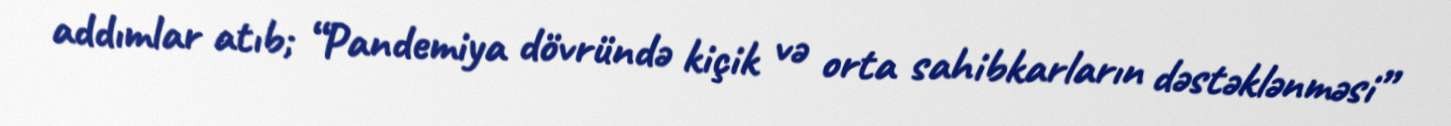
addımlar atıb; “Pandemiya dövründə kiçik və orta sahibkarların dəstəklənməsi”